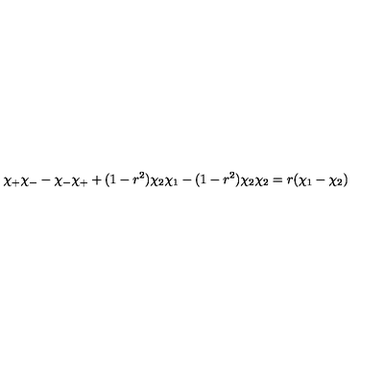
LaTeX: \chi _ { + } \chi _ { - } - \chi _ { - } \chi _ { + } + ( 1 - r ^ { 2 } ) \chi _ { 2 } \chi _ { 1 } - ( 1 - r ^ { 2 } ) \chi _ { 2 } \chi _ { 2 } = r ( \chi _ { 1 } - \chi _ { 2 } )